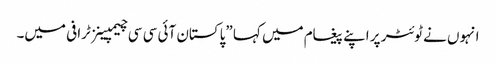
انہوں نے ٹوئٹر پر اپنے پیغام میں کہا ”پاکستان آئی سی سی چیمپینز ٹرافی میں۔